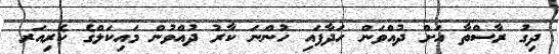
ދިގު ރާސްތާ އަށް ދުއްވަން ހަދާފައި ހުންނަ ކާރު ދުއްވުން މައިކަލްގެ ކެރިއަރ